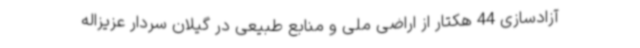
آزادسازی 44 هکتار از اراضی ملی و منابع طبیعی در گیلان سردار عزیزاله